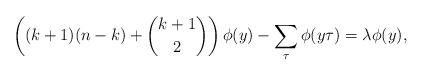
LaTeX: \begin{align*} \left((k+1)(n-k)+{k+1 \choose 2}\right) \phi(y) - \sum_{\tau}\phi(y\tau) = \lambda \phi(y),\end{align*}